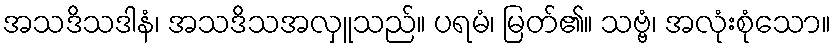
အသဒိသဒါနံ၊ အသဒိသအလှူသည်။ ပရမံ၊ မြတ်၏။ သဗ္ဗံ၊ အလုံးစုံသော။